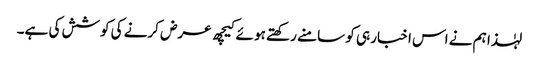
لہٰذا ہم نے اس اخبار ہی کو سامنے رکھتے ہو ئے کیچھ عرض کرنے کی کوشش کی ہے۔